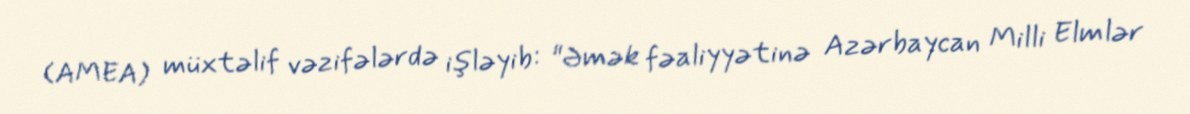
(AMEA) müxtəlif vəzifələrdə işləyib: "Əmək fəaliyyətinə Azərbaycan Milli Elmlər